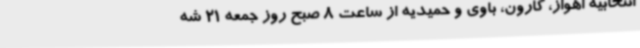
انتخابیه اهواز، کارون، باوی و حمیدیه از ساعت 8 صبح روز جمعه 21 شه